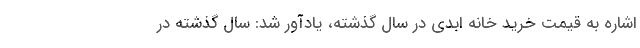
اشاره به قیمت خرید خانه ابدی در سال گذشته، یادآور شد: سال گذشته در